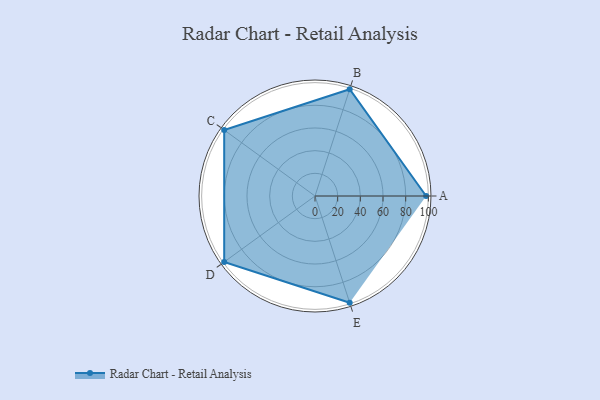
{"axis": {"x": "Skill", "y": "Score"}, "legend": ["Profile"], "data": [{"x": "A", "y": 98.0, "type": "Profile"}, {"x": "B", "y": 99.0, "type": "Profile"}, {"x": "C", "y": 99, "type": "Profile"}, {"x": "D", "y": 99, "type": "Profile"}, {"x": "E", "y": 99, "type": "Profile"}]}